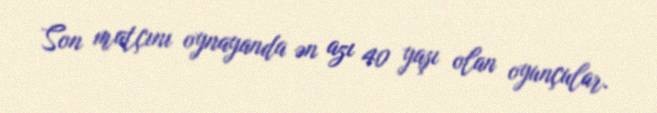
Son matçını oynayanda ən azı 40 yaşı olan oyunçular.